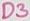
Text: D3